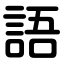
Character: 語